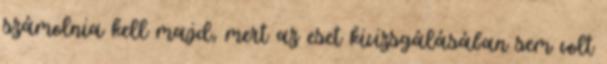
számolnia kell majd, mert az eset kivizsgálásában sem volt